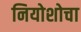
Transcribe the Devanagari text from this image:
नियोशोचा